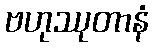
ဗဟုဿုတာနံ